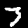
Digit: 3